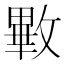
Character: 㪤